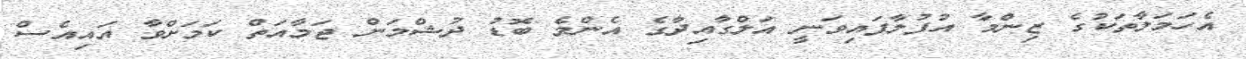
އެހަމަލާތަކުގެ ޒިންމާ އުފުލާފައިވަނީ އަލްގާއިދާގެ އެންމެ ބޮޑު ދުޝްމަން ޖަމާއަތް ކަމަށްވާ އައިއެސް